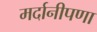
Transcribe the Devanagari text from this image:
मर्दानीपणा